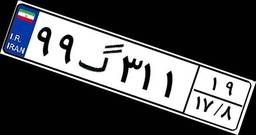
۹۹گ۳۱۱۱۹